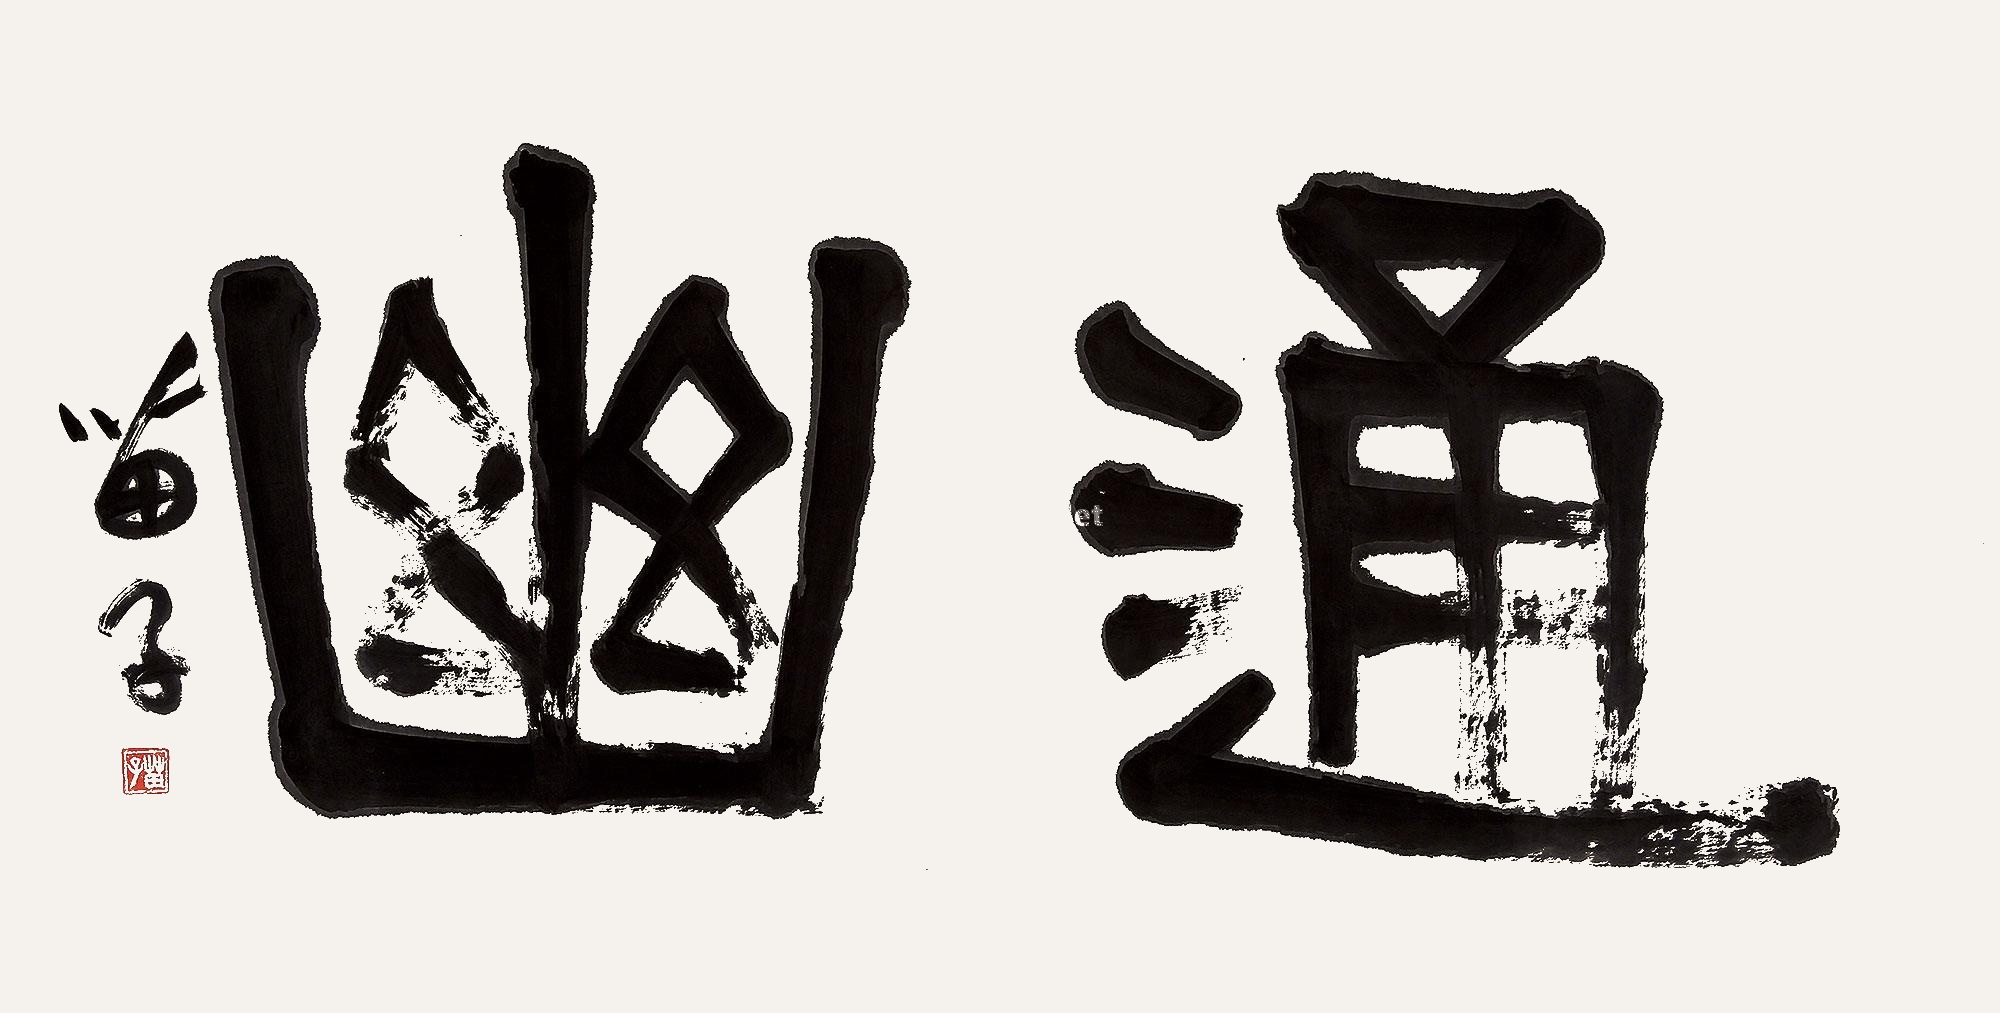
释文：通幽苗子